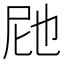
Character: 𭕗